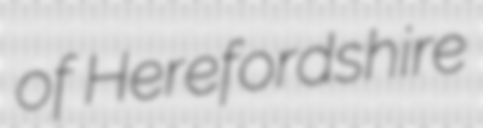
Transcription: of Herefordshire